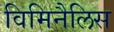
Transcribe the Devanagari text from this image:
विमिनैलिस